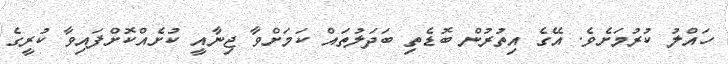
ހައްލު ކުރުމަށެވެ. އޭގެ އިތުރުން ބޮޑެތި ބަދަލުތައް ކަމަށްވާ ޖިނާއީ ކުށެއްކޮށްފައިވާ ކުރީގެ